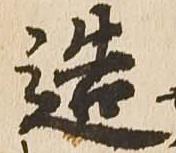
造